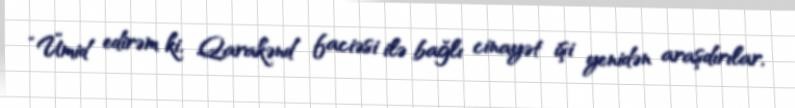
“Ümid edirəm ki, Qarakənd faciəsi ilə bağlı cinayət işi yenidən araşdırılar,